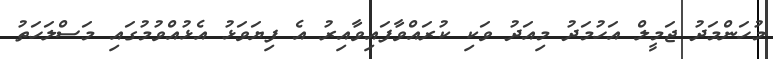
މުހަންމަދު ޖަމީލް އަހުމަދު މިއަދު ވަކި ކުރައްވާފައިވާއިރު އެ ފިޔަވަޅު އެޅުއްވުމުގައި މަސްލަހަތު